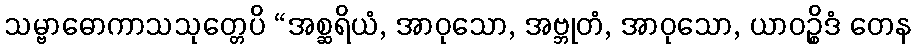
သမ္ဗာဓောကာသသုတ္တေပိ “အစ္ဆရိယံ, အာဝုသော, အဗ္ဘုတံ, အာဝုသော, ယာဝဉ္စိဒံ တေန